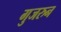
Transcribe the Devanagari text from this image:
गुजरुन